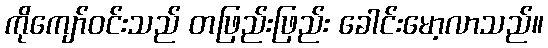
ကိုကျော်ဝင်းသည် တဖြည်းဖြည်း ခေါင်းမော့လာသည်။